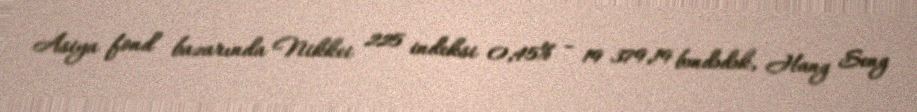
Asiya fond bazarında Nikkei 225 indeksi 0,45% - 19 379,19 bəndədək, Hang Seng